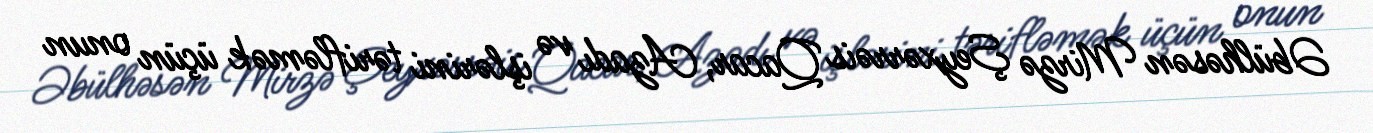
Əbülhəsən Mirzə Şeyxərrəis Qacar, Azadı və işlərini tərifləmək üçün onun